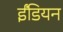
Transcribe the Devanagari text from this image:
ईंडियन